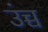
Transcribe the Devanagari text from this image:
उंच्च